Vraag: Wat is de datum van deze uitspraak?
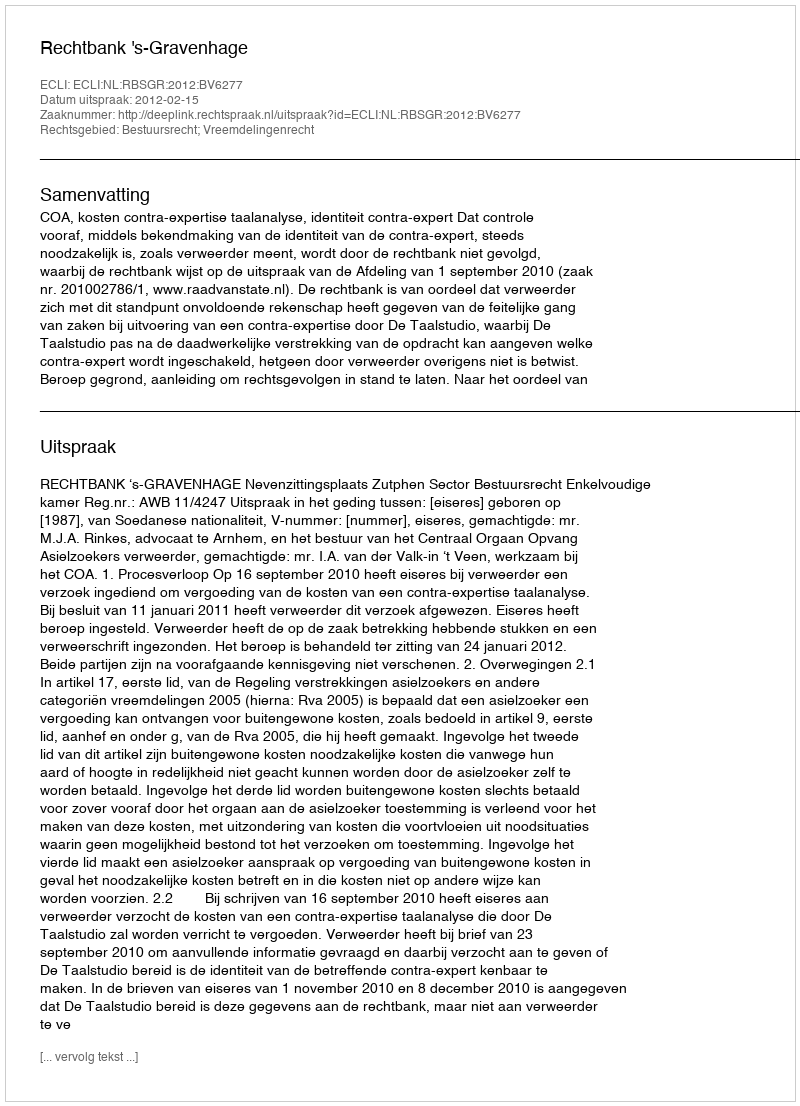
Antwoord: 2012-02-15